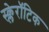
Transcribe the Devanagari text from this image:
स्क्लेरॉटिक